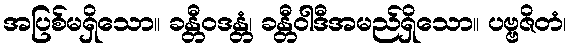
အပြစ်မရှိသော။ ခန္တီဝဒန္တံ၊ ခန္တီဝါဒီအမည်ရှိသော။ ပဗ္ဗဇိတံ၊